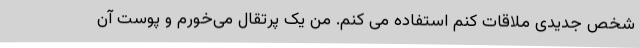
شخص جدیدی ملاقات کنم استفاده می کنم. من یک پرتقال می‌خورم و پوست آن